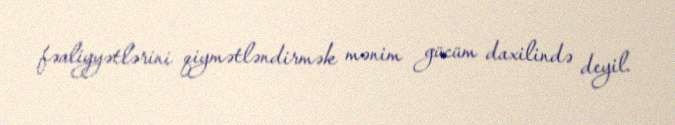
fəaliyyətlərini qiymətləndirmək mənim gücüm daxilində deyil.